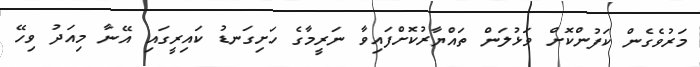
މަރުވެގެން ކަފުންކޮށް ވަޅުލަން ތައްޔާރުކޮށްފައިވާ ނަރީމާގެ ހަށިގަނޑު ކައިރީގައި އޭނާ މިއަދު ވިހޭ